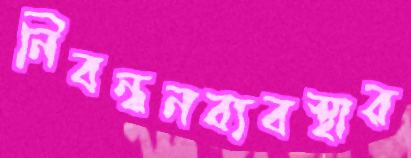
নিবন্ধনব্যবস্থার